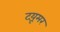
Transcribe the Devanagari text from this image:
टय़ूमर